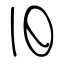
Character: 旧